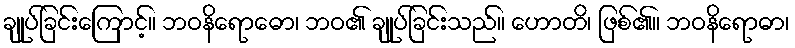
ချုပ်ခြင်းကြောင့်။ ဘဝနိရောဓော၊ ဘဝ၏ ချုပ်ခြင်းသည်။ ဟောတိ၊ ဖြစ်၏။ ဘဝနိရောဓာ၊